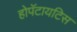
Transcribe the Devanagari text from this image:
होपॅटायटिस